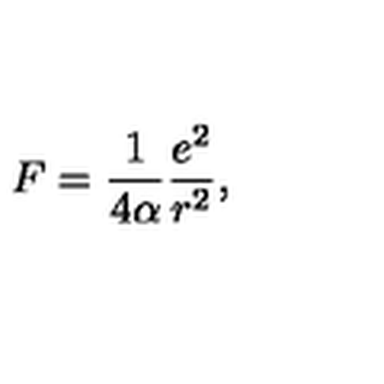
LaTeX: F = \frac { 1 } { 4 \alpha } \frac { e ^ { 2 } } { r ^ { 2 } } ,